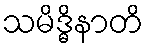
သမိဒ္ဓိနာတိ